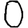
Digit: 0